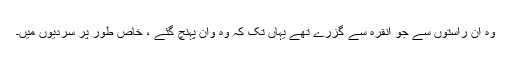
وہ ان راستوں سے جو انقرہ سے گزرے تھے یہاں تک کہ وہ وان پہنچ گئے ، خاص طور پر سردیوں میں۔